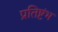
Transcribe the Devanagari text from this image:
प्रतिष्टंभ